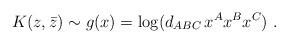
LaTeX: \begin{align*}K(z,\bar z)\sim g( x) = \log (d_{ABC}\,x^Ax^Bx^C) \ .\end{align*}